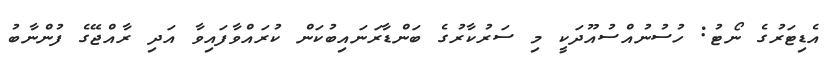
އެޑިޓަރުގެ ނޯޓު: ހުސުނުއްސުއޫދަކީ މި ސަރުކާރުގެ ބަންޑާރަނައިބުކަން ކުރައްވާފައިވާ އަދި ރާއްޖޭގެ ފުންނާބު